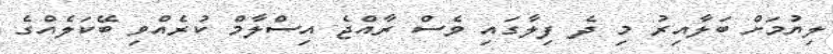
ލިޔުމަށް ބަލާއިރު މި ދެ ފިލާގައި ވެސް ރާއްޖެ އިސްލާމް ކުރެއްވި ބޭކަލެއްގެ